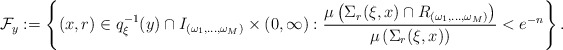
\begin{align*}\mathcal{F} _y := \left\{ (x,r) \in q _\xi ^{-1} (y) \cap I _{(\omega _1 , \ldots , \omega _M)} \times ( 0 , \infty ) : \frac{\mu \left(\Sigma _r ( \xi , x ) \cap R _{(\omega _1 , \ldots , \omega _M)} \right)}{\mu \left( \Sigma _r ( \xi , x ) \right)} < e ^{-n} \right\} .\end{align*}